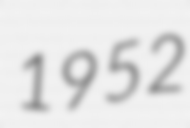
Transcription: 1952